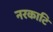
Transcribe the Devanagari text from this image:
नरकाटि